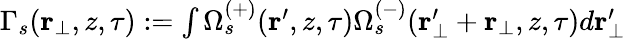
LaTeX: \begin{array}{r}{\Gamma_{s}(\textbf{r}_{\perp},z,\tau):=\int\Omega_{s}^{(+)}(\textbf{r}^{\prime},z,\tau)\Omega_{s}^{(-)}(\textbf{r}_{\perp}^{\prime}+\textbf{r}_{\perp},z,\tau)d\textbf{r}_{\perp}^{\prime}}\end{array}